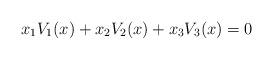
LaTeX: \begin{align*}x_1V_1(x) + x_2V_2(x) + x_3 V_3(x) = 0\end{align*}